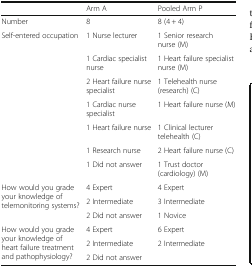
|  | Arm A | Pooled Arm P |
 | --- | --- | --- |
 | Number | 8 | 8 (4 + 4) |
 | <ROWSPAN=7> Self-entered occupation | 1 Nurse lecturer | 1 Senior research nurse (M) |
 | 1 Cardiac specialist nurse | 1 Heart failure specialist nurse (M) |
 | 2 Heart failure nurse specialist | 1 Telehealth nurse (research) (C) |
 | 1 Cardiac nurse specialist | 1 Heart failure nurse (M) |
 | 1 Heart failure nurse | 1 Clinical lecturer telehealth (C) |
 | 1 Research nurse | 2 Heart failure nurse (C) |
 | 1 Did not answer | 1 Trust doctor (cardiology) (M) |
 | <ROWSPAN=3> How would you grade your knowledge of telemonitoring systems? | 4 Expert | 4 Expert |
 | 2 Intermediate | 3 Intermediate |
 | 2 Did not answer | 1 Novice |
 | <ROWSPAN=3> How would you grade your knowledge of heart failure treatment and pathophysiology? | 4 Expert | 6 Expert |
 | 2 Intermediate | 2 Intermediate |
 | 2 Did not answer |  |